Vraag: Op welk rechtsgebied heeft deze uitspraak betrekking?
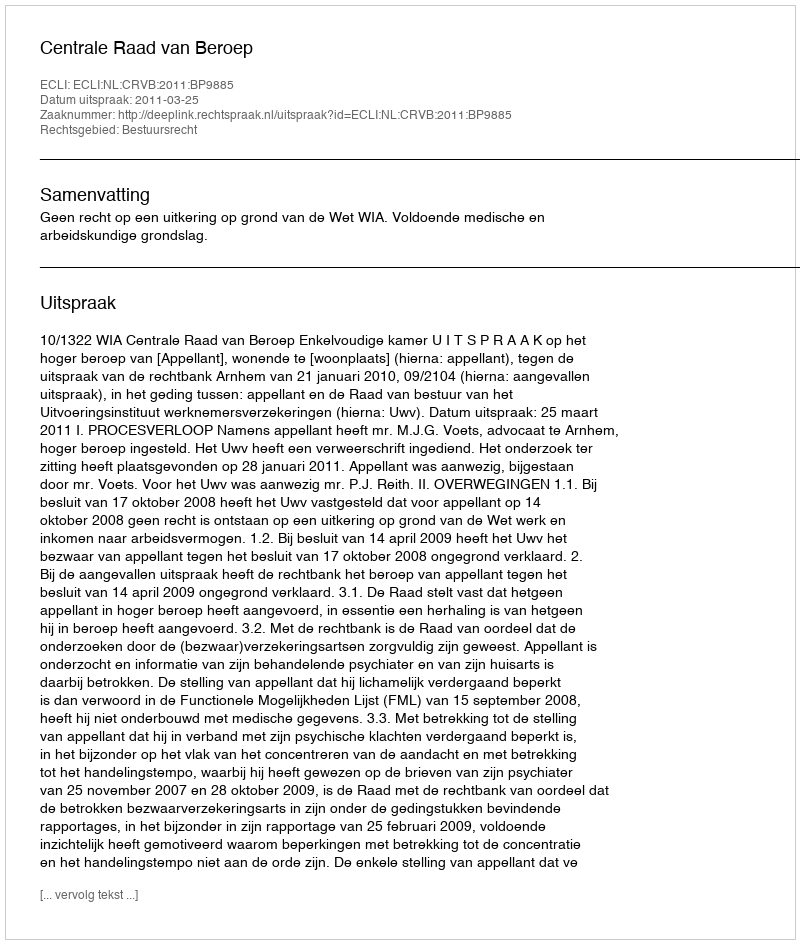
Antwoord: Bestuursrecht